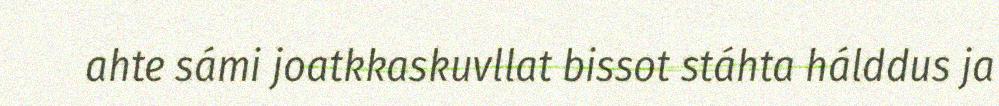
ahte sámi joatkkaskuvllat bissot stáhta hálddus ja